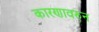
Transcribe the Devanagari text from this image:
कारणावरुन